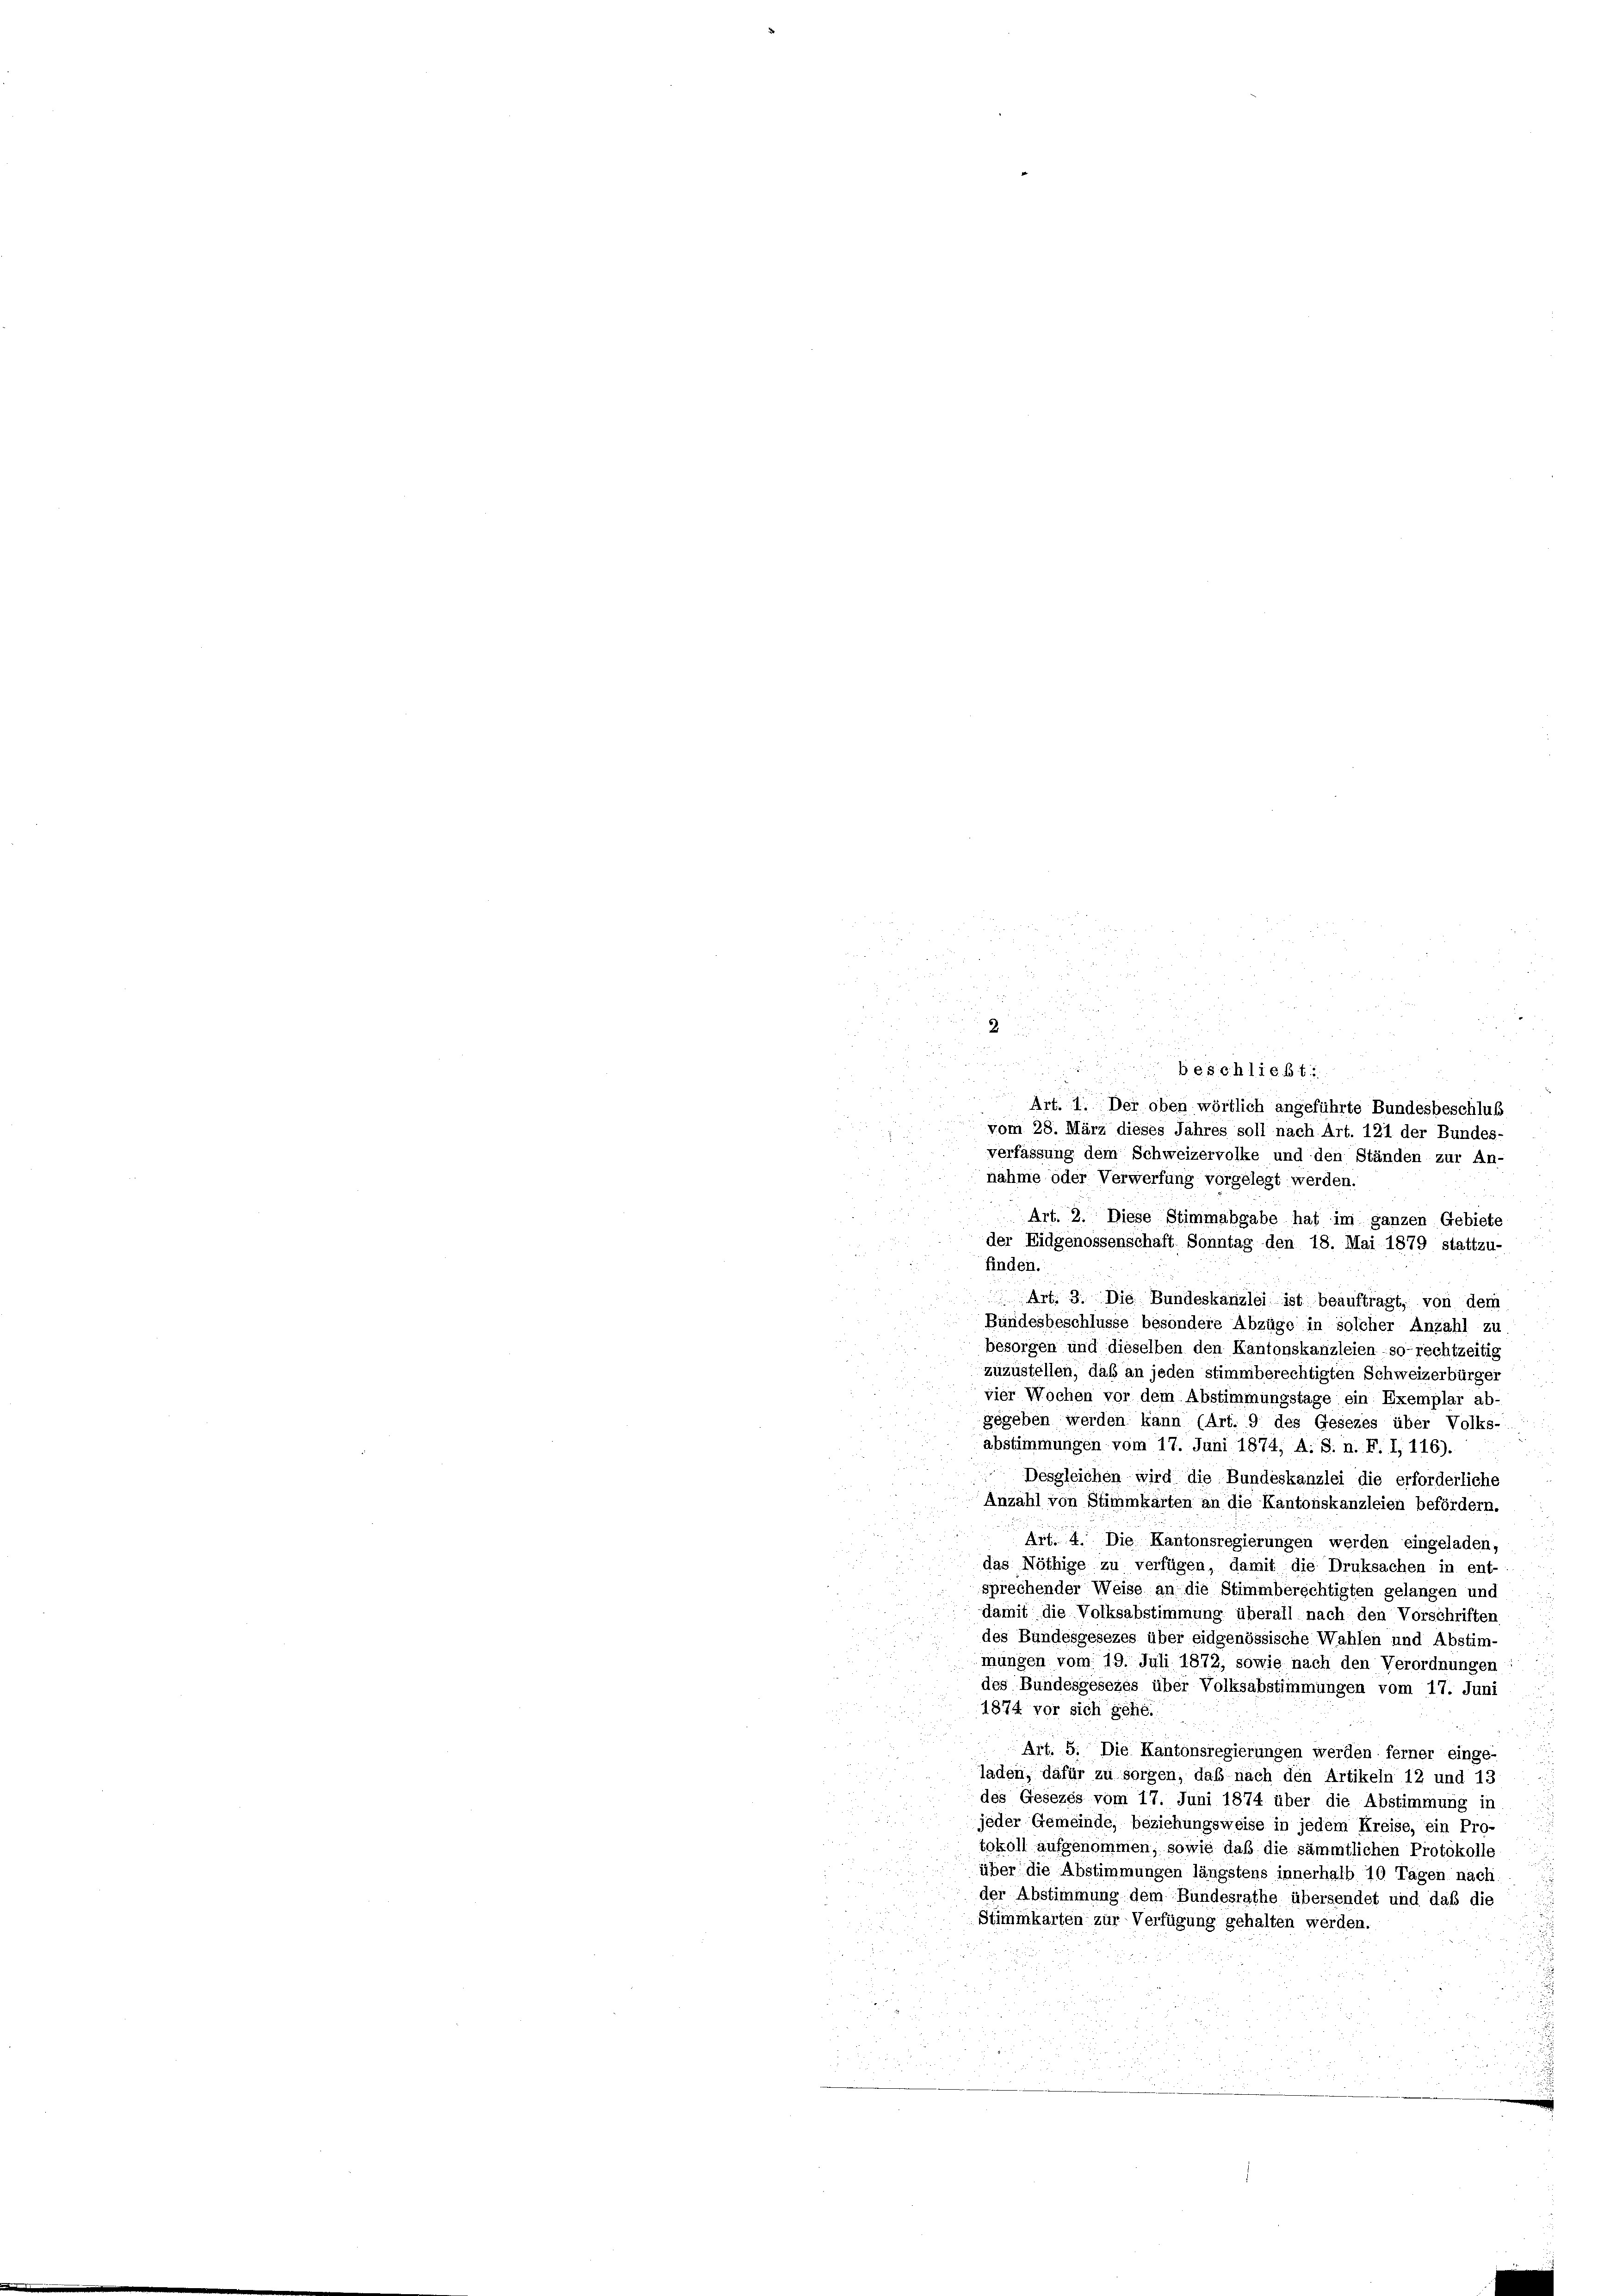
u
e
d
u

5
25.
i
a

d
n
beschließt:

Art. 1. Der oben wörtlich angeführte Bundesbeschluß

 vom 28. März dieses Jahres soll nach Art. 121 der Bundes-
verfassung dem Schweizervolke und den Ständen zur An-
nähme oder Verwerfung vorgelegt werden.
Art. 2. Diese Stimmabgabe hat im ganzen Gebiete
der Eidgenossenschaft Sonntag den 18. Mai 1879 stattzu-
finden.
Art. 3. Die Bundeskanzlei ist beauftragt, von dem
Bundesbeschlüsse besondere Abzüge in solcher Anzahl zu
besorgen und dieselben den Kantonskanzleien - so-rechtzeitig
zuzustellen, daß an jeden stimmberechtigten Schweizerbürger
vier Wochen vor dem Abstimmungstage ein Exemplar ab-
gegeben werden kann (Art. 9 des Gesezes über Volks-
abstimmungen vom 17. Juni 1874, A. S. n. F. I, 116).
Desgleichen wird die Bundeskanzlei die erforderliche
Anzahl von Stimmkarten an die Kantonskanzleien befördern.
Art. 4. Die Kantonsregierungen werden eingeladen
das Nöthige zu verfügen, damit, die Druksachen in ent-
sprechender Weise an die Stimmberechtigten gelangen und
damit die Volksabstimmung überall nach den Vorschriften
des Bundesgesezes über eidgenössische Wahlen und Abstim-
mungen vom 19. Juli 1872, sowie nach den Verordnungen:
des Bundesgesezes über Volksabstimmungen vom 17. Juni
1874 vor sich gehe.
Art. 5. Die Kantonsregierungen werden ferner einge-
laden, dafür zu sorgen, daß nach den Artikeln 12 und 13
des Gesezes vom 17. Juni 1874 über die Abstimmung in
jeder Gemeinde, beziehungsweise in jedem Kreise, ein Pro-
tokoll aufgenommen, sowie daß die sämmtlichen Protokolle
über die Abstimmungen längstens innerhalb 10 Tagen nach
der Abstimmung dem Bundesrathe übersendet und daß die
Stimmkarten zur Verfügung gehalten werden.

D

s

e